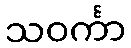
သဝင်္ကာ